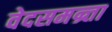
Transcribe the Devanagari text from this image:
वेदसमन्र्ता